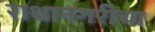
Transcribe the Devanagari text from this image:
राधानगरीचा